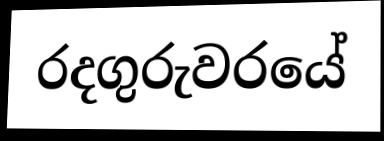
රදගුරුවරයේ